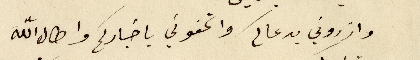
وازكروني بدعاكم واتحفوني باخباركم واطال لله